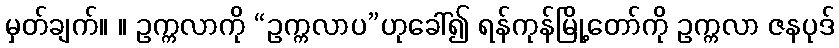
မှတ်ချက်။ ။ ဥက္ကလာကို “ဥက္ကလာပ”ဟုခေါ်၍ ရန်ကုန်မြို့တော်ကို ဥက္ကလာ ဇနပုဒ်